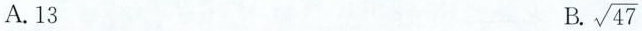
A. 13 B. \sqrt{47}